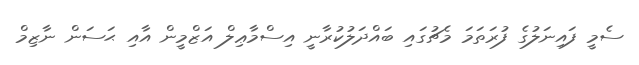
ސެމީ ފައިނަލުގެ ފުރަތަމަ މެޗުގައި ބައްދަލުކުރާނީ އިސްމާޢިލް އަޒްމީން އާއި ޙަސަން ނާޒިމް